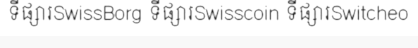
ទីផ្សារSwissBorg ទីផ្សារSwisscoin ទីផ្សារSwitcheo